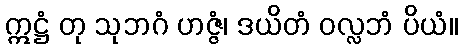
ဣဋ္ဌံ တု သုဘဂံ ဟဇ္ဇံ၊ ဒယိတံ ဝလ္လဘံ ပိယံ။